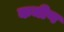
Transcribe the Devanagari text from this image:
कमीण